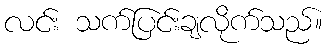
လင်း သက်ပြင်းချလိုက်သည်။